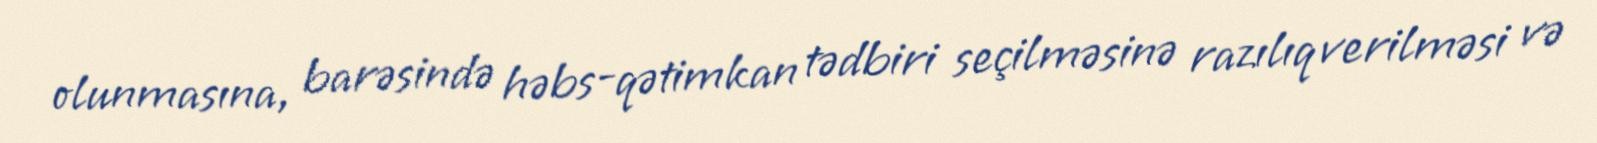
olunmasına, barəsində həbs-qətimkan tədbiri seçilməsinə razılıq verilməsi və